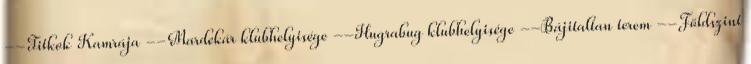
--Titkok Kamrája --Mardekár klubhelyisége --Hugrabug klubhelyisége --Bájitaltan terem --Földszint